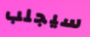
سيجلب